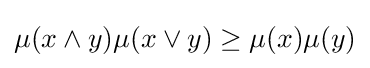
\mu (x\wedge y)\mu (x\vee y)\geq \mu (x)\mu (y)